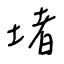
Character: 堵